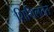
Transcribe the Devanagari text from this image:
शिथिलतेत